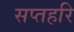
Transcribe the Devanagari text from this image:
सप्तहरि